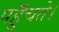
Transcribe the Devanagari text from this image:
पहुँचते।